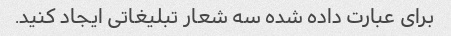
برای عبارت داده شده سه شعار تبلیغاتی ایجاد کنید.